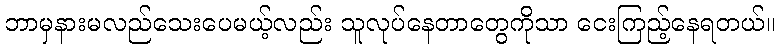
ဘာမှနားမလည်သေးပေမယ့်လည်း သူလုပ်နေတာတွေကိုသာ ငေးကြည့်နေရတယ်။